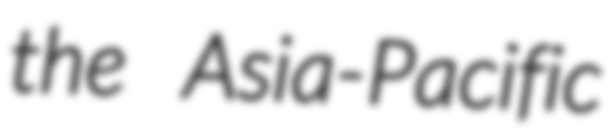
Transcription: the Asia-Pacific